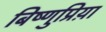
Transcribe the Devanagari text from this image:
बिष्णुप्रिय़ा